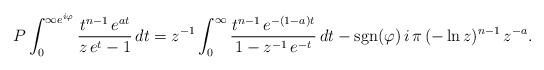
LaTeX: \begin{align*}P\int_0^{\infty {e}^{{i}\varphi}}\frac{t^{n-1}\,{e}^{at}}{z\,{e}^{t}-1}\,{d}t = z^{-1}\int_0^\infty\frac{t^{n-1}\,{e}^{-(1-a)t}}{1-z^{-1}\,{e}^{-t}}\,{d}t - {\rm sgn}(\varphi)\, i\,\pi\,(-\ln z)^{n-1}\,z^{-a}. \end{align*}